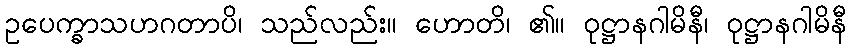
ဥပေက္ခာသဟဂတာပိ၊ သည်လည်း။ ဟောတိ၊ ၏။ ဝုဋ္ဌာနဂါမိနီ၊ ဝုဋ္ဌာနဂါမိနီ